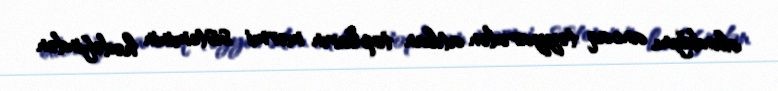
alındığını, ancaq təyyarədən atılan topların mərmi sisteminin hədəfindən